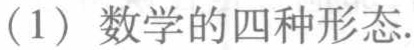
（1）数学的四种形态.